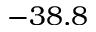
- 3 8 . 8